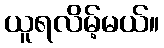
ယူရလိမ့်မယ်။